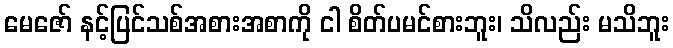
မေဇော် နင့်ပြင်သစ်အစားအစာကို ငါ စိတ်ပမင်စားဘူး၊ သိလည်း မသိဘူး